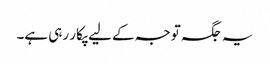
یہ جگہ توجہ کے لیے پکار رہی ہے۔